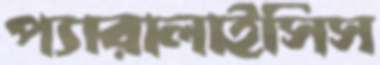
প্যারালাইসিস